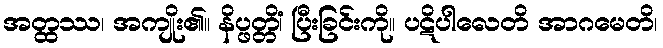
အတ္ထဿ၊ အကျိုး၏။ နိပ္ဖတ္တိံ၊ ပြီးခြင်းကို။ ပဋိပါလေတိ အာဂမေတိ၊